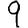
Digit: 9